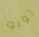
لوبو